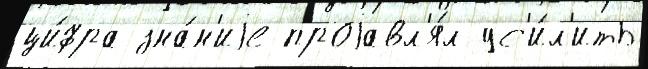
ци́фра зна́н'иjе проjавл'я́л ус'и́л'ить